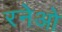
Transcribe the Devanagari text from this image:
रनेओ